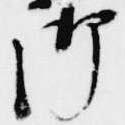
御